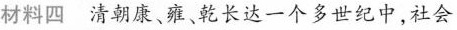
材料四清朝康、雍、乾长达一个多世纪中，社会